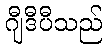
ဂျီဒီပီသည်